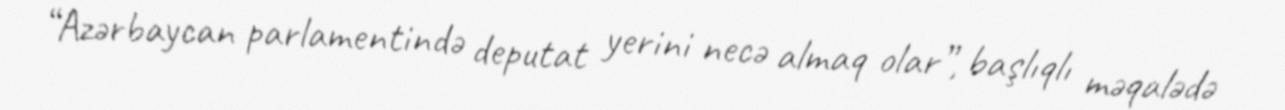
“Azərbaycan parlamentində deputat yerini necə almaq olar”, başlıqlı məqalədə